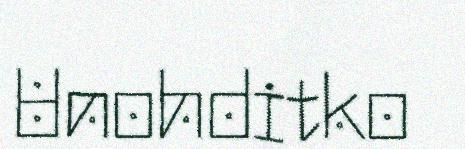
Unohditko